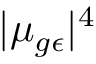
| \mu _ { g \epsilon } | ^ { 4 }